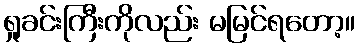
ရှုခင်းကြီးကိုလည်း မမြင်ရတော့။